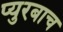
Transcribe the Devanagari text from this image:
प्युरबाच